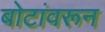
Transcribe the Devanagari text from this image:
बोटांवरून